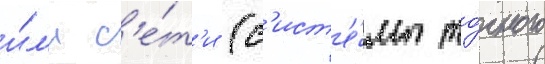
и́л'и с'е́т'и (с'ист'е́мы то́чного